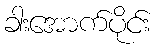
ခါးအောက်ပိုင်း